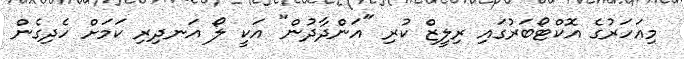
މިއަހަރުގެ އޮކްޓޯބަރުގައި ރިލީޒް ކުރި "އަންދާދުން" އަކީ ލޯ އަނދިރި ކަމަށް ހެދިގެން